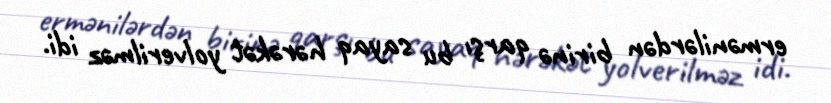
ermənilərdən birinə qarşı bu sayaq hərəkət yolverilməz idi.